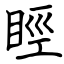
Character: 䀴